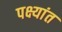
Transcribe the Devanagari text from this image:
पक्ष्यांत